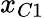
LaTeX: x_{C1}